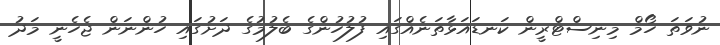
ނުވަތަ ހޯމް މިނިސްޓްރީން ކަނޑައަޅާތަނެއްގައި ފުލުހުންގެ ބެލުމުގެ ދަށުގައި ހުންނަން ޖެހެނީ މަދު